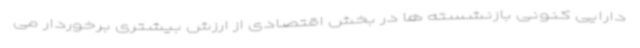
دارایی کنونی بازنشسته ها در بخش اقتصادی از ارزش بیشتری برخوردار می